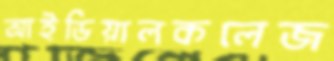
আইডিয়ালকলেজ